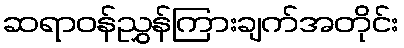
ဆရာဝန်ညွှန်ကြားချက်အတိုင်း